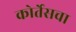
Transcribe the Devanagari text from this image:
कोर्तेसचा